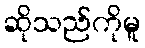
ဆိုသည်ကိုမူ